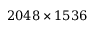
2 0 4 8 \times 1 5 3 6